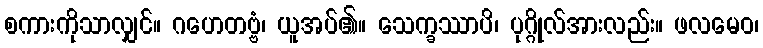
စကားကိုသာလျှင်။ ဂဟေတဗ္ဗံ၊ ယူအပ်၏။ သေက္ခဿာပိ၊ ပုဂ္ဂိုလ်အားလည်း။ ဖလမေဝ၊